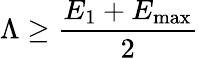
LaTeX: \Lambda\geq\frac{E_{1}+E_{\mathrm{max}}}{2}